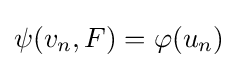
\psi (v_{n},F)=\varphi (u_{n})